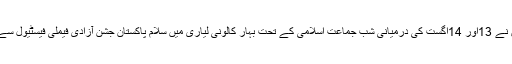
ان خیالات کا اظہا ر انہوں نے 13اور 14اگست کی درمیانی شب جماعت اسلامی کے تحت بہار کالونی لیاری میں سلام پاکستان جشن آزادی فیملی فیسٹیول سے خطاب کرتے ہوئے کیا ۔